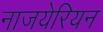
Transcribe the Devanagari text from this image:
नाजयेरियन